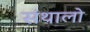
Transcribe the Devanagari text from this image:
संथालो